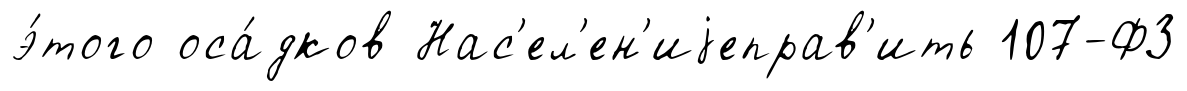
э́того оса́дков Нас'ел'ен'иjеправ'ить 107-ФЗ